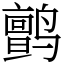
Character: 鹯